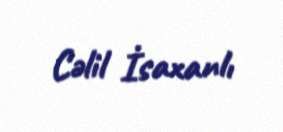
Cəlil İsaxanlı